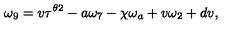
\omega _ { 9 } = v \tau ^ { \theta 2 } - a \omega _ { 7 } - \chi \omega _ { a } + v \omega _ { 2 } + d v ,